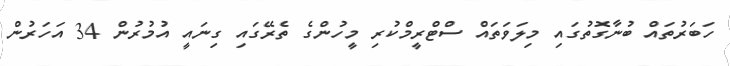
ހަބަރުތައް ބުނާގޮތުގައި މިލަވަތައް ސްޓްރީމްކުރި މީހުންގެ ތެރޭގައި ގިނައީ އުމުރުން 34 އަހަރުން